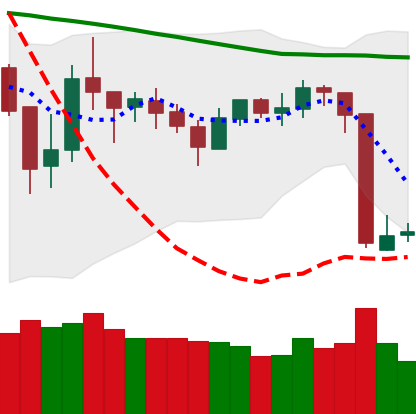
Ticker: BTC-USD
Chart end date: 2018-10-13
Forward return: 3.034%
Label: up_3_5